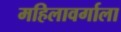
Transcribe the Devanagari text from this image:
महिलावर्गाला